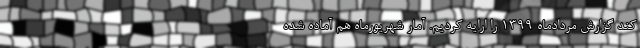
کند گزارش مردادماه ۱۳۹۹ را ارایه کردیم. آمار شهریورماه هم آماده شده